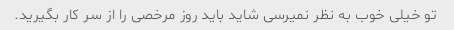
تو خیلی خوب به نظر نمیرسی شاید باید روز مرخصی را از سر کار بگیرید.